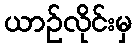
ယာဉ်လိုင်းမှ